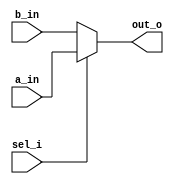
`timescale 1ns / 1ps
//////////////////////////////////////////////////////////////////////////////////
//////////////////////////////////////////////////////////////////////////////////


module mux_2  #(
    parameter WIDTH = 16
    )(
    input wire [WIDTH-1:0] a_in,
    input wire [WIDTH-1:0] b_in,
    input wire             sel_i,
    
    output wire [WIDTH-1:0] out_o
    );
    
    assign out_o = sel_i ? a_in : b_in; 
    
endmodule